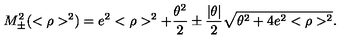
M _ { \pm } ^ { 2 } ( < \rho > ^ { 2 } ) = e ^ { 2 } < \rho > ^ { 2 } + \frac { \theta ^ { 2 } } { 2 } \pm \frac { | \theta | } { 2 } \sqrt { \theta ^ { 2 } + 4 e ^ { 2 } < \rho > ^ { 2 } } .